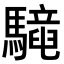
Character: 𩦳